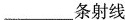
___条射线